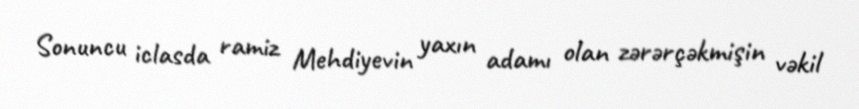
Sonuncu iclasda ramiz Mehdiyevin yaxın adamı olan zərərçəkmişin vəkil